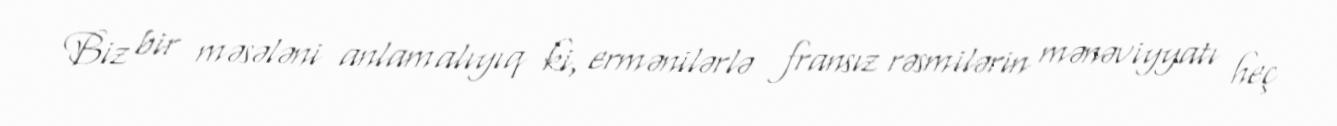
Biz bir məsələni anlamalıyıq ki, ermənilərlə fransız rəsmilərin mənəviyyatı heç